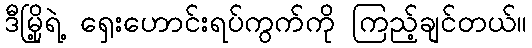
ဒီမြို့ရဲ့ ရှေးဟောင်းရပ်ကွက်ကို ကြည့်ချင်တယ်။